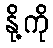
နို့ကို